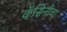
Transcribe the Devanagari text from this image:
कॅसिनीचा